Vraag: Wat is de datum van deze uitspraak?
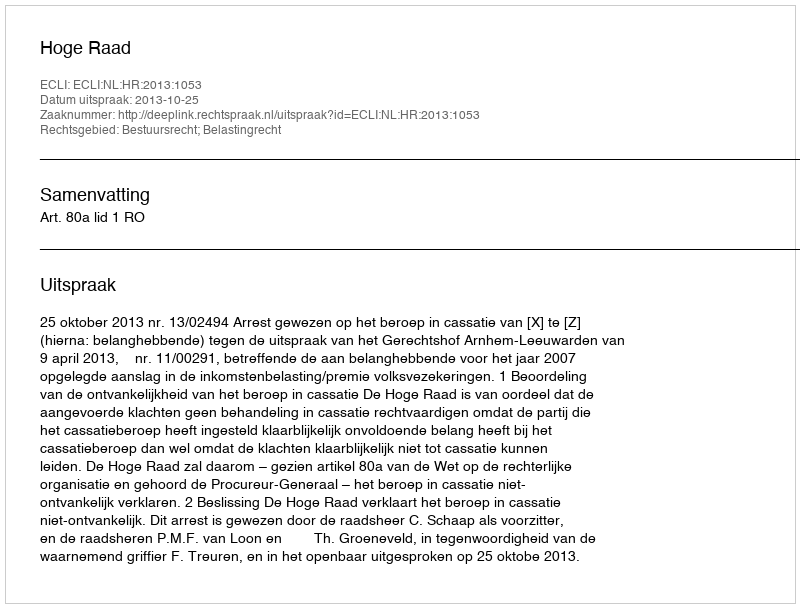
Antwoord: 2013-10-25